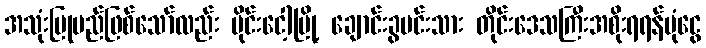
အသုံးပြုမည်ဖြစ်သော်လည်း မိုင်းငေါ့မြို့ ချောင်းခွမင်းသား တိုင်းဒေသကြီးအစိုးရရန်ပုံငွေ